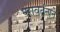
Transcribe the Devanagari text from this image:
परावर्तनाने